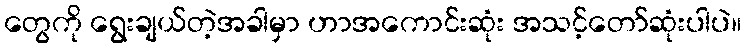
တွေကို ရွေးချယ်တဲ့အခါမှာ ဟာအကောင်းဆုံး အသင့်တော်ဆုံးပါပဲ။